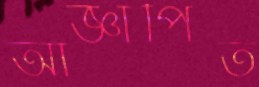
আজ্ঞাপিত